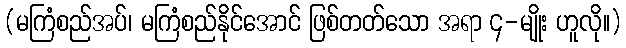
(မကြံစည်အပ်၊ မကြံစည်နိုင်အောင် ဖြစ်တတ်သော အရာ ၄-မျိုး ဟူလို။)